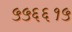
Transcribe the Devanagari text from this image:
५५६६१५